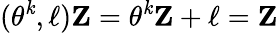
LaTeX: (\theta^{\mathit{k}},{\mathbf{\ell}}){\mathbf{Z}}=\theta^{\mathit{k}}{\mathbf{Z}}+{\mathbf{\ell}}={\mathbf{Z}}